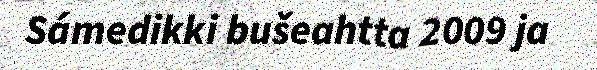
Sámedikki bušeahtta 2009 ja